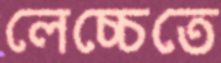
লেচ্চেতে